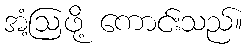
အံ့ဩဖို့ ကောင်းသည်။